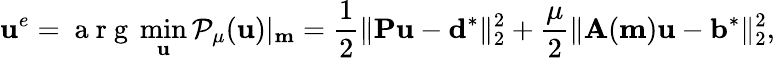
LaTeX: \mathbf{u}^{e}=\mathrm{~a~r~g~}\operatorname*{min}_{\mathbf{u}}\mathcal{P}_{\mu}(\mathbf{u})|_{\mathbf{m}}=\frac{1}{2}\| \mathbf{P}\mathbf{u}-\mathbf{d}^{*}\| _{2}^{2}+\frac{\mu}{2}\| \mathbf{A}(\mathbf{m})\mathbf{u}-\mathbf{b}^{*}\| _{2}^{2},